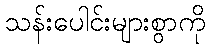
သန်းပေါင်းများစွာကို